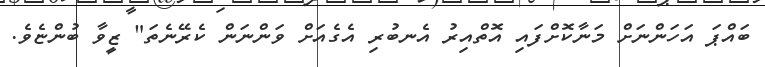
ބައްޕަ އަހަންނަށް މަނާކޮށްފައި އޮތްއިރު އެނބުރި އެގެއަށް ވަންނަން ކެރޭނެތަ" ޒީވާ ބުންޏެވެ.